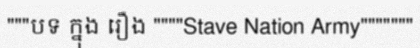
"""បទ ក្នុង រឿង """"Stave Nation Army"""""""